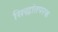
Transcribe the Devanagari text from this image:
सिद्धांतपरक